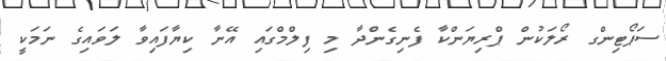
ސަޕޯޓިންގ ރޯލަކުން ޕްރިޔަންކާ ފެނިގެންދާ މި ފިލްމްގައި އޭނާ ކިޔާފައިވާ ލަވައިގެ ނަމަކީ